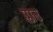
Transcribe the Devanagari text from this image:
प्लाउ